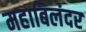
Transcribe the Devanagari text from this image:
महाबिलंदर